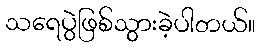
သရေပွဲဖြစ်သွားခဲ့ပါတယ်။